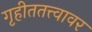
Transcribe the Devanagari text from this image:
गृहीततत्त्वावर